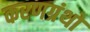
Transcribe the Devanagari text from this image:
करणग्रंथों